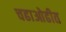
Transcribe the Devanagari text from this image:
चढाओढीत